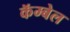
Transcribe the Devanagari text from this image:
कॅम्बेल